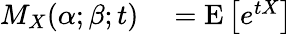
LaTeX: \begin{array}{rl}{M_{X}(\alpha;\beta;t)}&{{}=\operatorname{E}\left[e^{tX}\right]}\end{array}